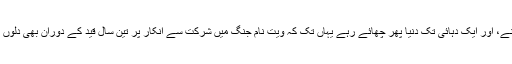
پھر وہ محمد علی بنے، اور ایک دہائی تک دنیا پھر چھائے رہے یہاں تک کہ ویت نام جنگ میں شرکت سے انکار پر تین سال قید کے دوران بھی دلوں پر انہی کا راج رہا۔